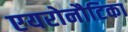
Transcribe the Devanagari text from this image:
एयरोनौटिका